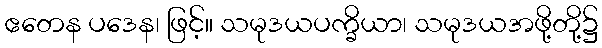
ဧတေန ပဒေန၊ ဖြင့်။ သမုဒယပက္ခိယာ၊ သမုဒယအဖို့တို့၌